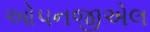
ઓપનજીએલ